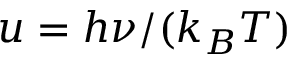
u = h \nu / ( k _ { B } T )